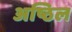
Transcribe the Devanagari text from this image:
अष्ठिल